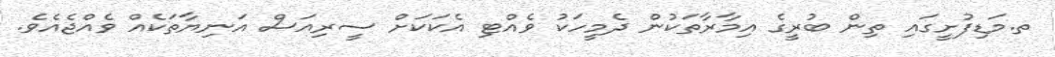
ތ.މަޑިފުށީގައި ތިން ބުރީގެ އިމާރާތަކުން ދެމީހަކު ވެއްޓި އެކަކަށް ސީރިއަސް އަނިޔާތަކެއް ވެއްޖެއެވެ.